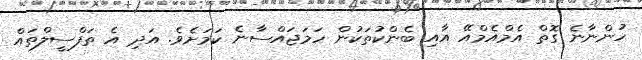
ހުންނާނެ ގޮތް އެމްއެމްއޭ އާއި ބެންކުތަކުން ހަމަޖައްސާނެ ކަމަށެވެ. އަދި އެ ތަފްސީލްތައް